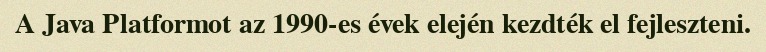
A Java Platformot az 1990-es évek elején kezdték el fejleszteni.